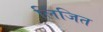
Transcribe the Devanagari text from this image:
लिंजित